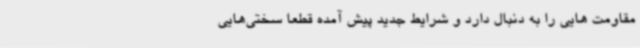
مقاومت هایی را به دنبال دارد و شرایط جدید پیش آمده قطعاً سختی‌هایی